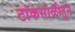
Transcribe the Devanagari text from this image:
टांकसाळीतून